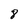
Character: 8